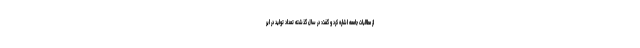
از مطالبات جامعه اشاره کرد و گفت: در سال گذشته تعداد تولید در ایر